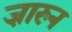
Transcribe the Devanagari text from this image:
ज़ारुन